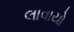
લાવાયો